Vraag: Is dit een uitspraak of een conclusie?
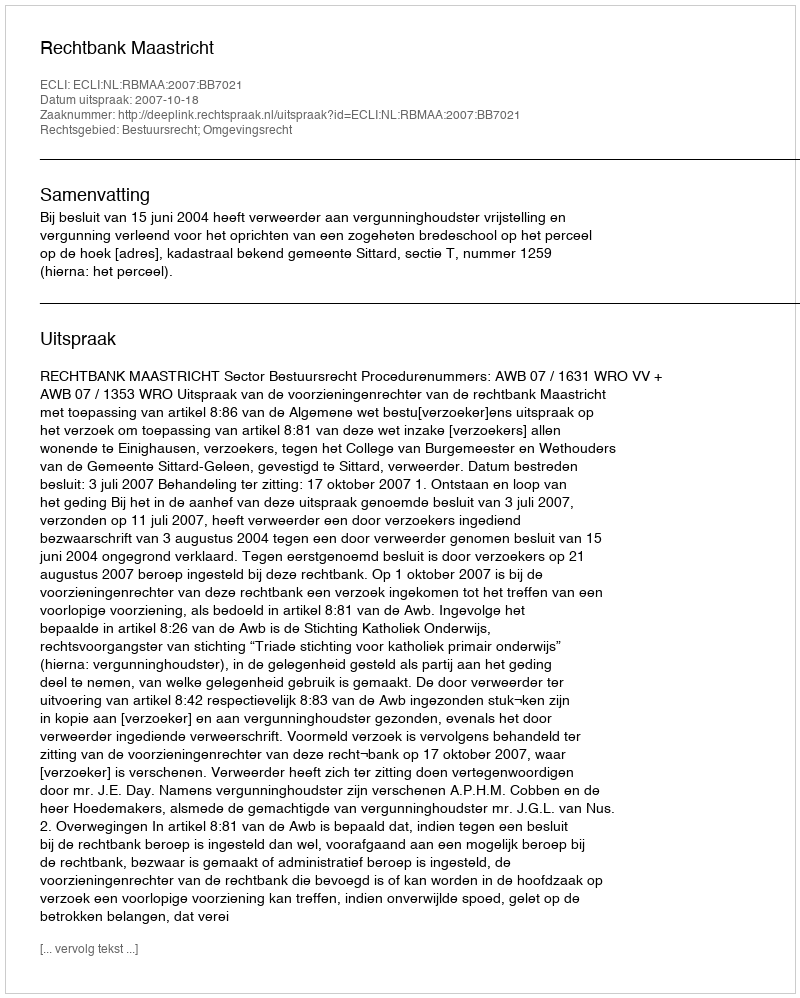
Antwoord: Uitspraak